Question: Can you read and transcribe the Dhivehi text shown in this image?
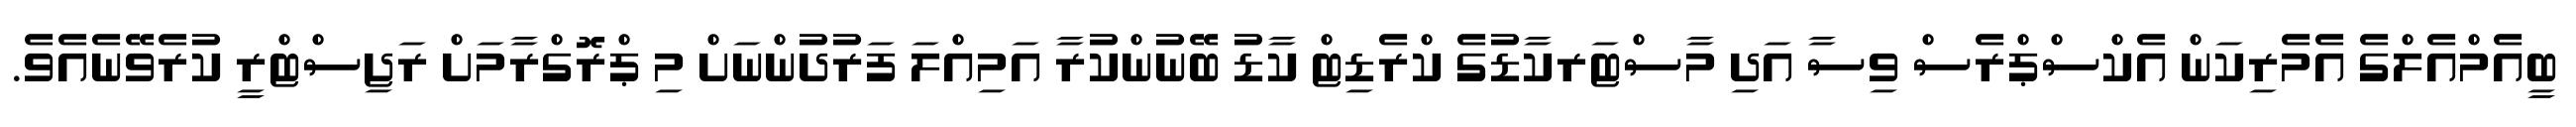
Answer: ބީއެމްއެލްގެ އެމެރިކަން އެކްސްޕްރެސް ވިސާ އަދި މާސްޓަރކާޑުގެ ކްރެޑިޓް ކާޑު ބޭނުންކުރާ އަމިއްލަ ފަރުދުންނަށް މި ޕްރޮގްރާމަށް ރަޖިސްޓްރީ ކުރެވޭނެއެވެ.